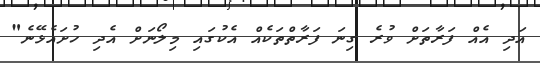
އަދި އެއް ފަރާތަށް ވުރެ ގިނަ ފަރާތްތަކެއް އެކުގައި މިލޯނަށް އެދި ހުށައެޅޭނެ"